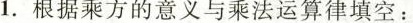
1.根据乘方的意义与乘法运算律填空：(1)( $$(3 \times 5)^{7}=(3 \times 5)\times(3 \times 5)\times \cdots \times(3 \times 5)$$ ()个(3×5) $$=(3 \times 3 \times 5 \times 3)\times(5 \times 5 \times \cdots \times 3)=3^{7}\times 5^{7};$$ ()个3 ()个5(2)(ab)”=(ab)·(ab)·…·(ab)()|=(a·a·a·…·α)﹑ ·b)=a”b”。()个a ()个，